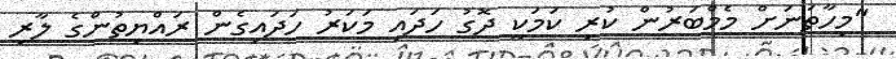
"މިހާތަނަށް މެމްބަރުން ކުރި ކަމަކީ ދޮގު ހަދައި މަކަރު ހަދައިގެން ރައްޔިތުންގެ ލާރި